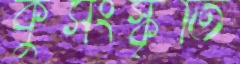
কুসংস্কৃতি